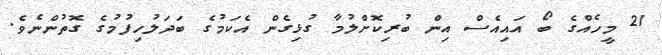
21 މީހެއްގެ ބޯ އައިއެސް އިން ބުރިކޮށްލުމާ ގުޅިގެން އެކަމުގެ ބަދަލުހިފުމުގެ ގޮތުންނެވެ.